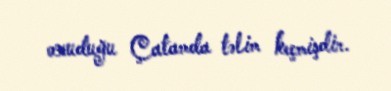
oxuduğu Çatamda təlim keçmişdir.